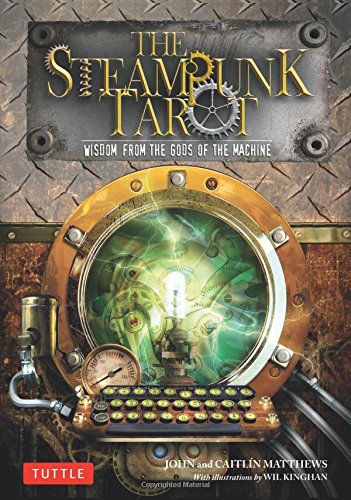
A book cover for The Steampunk Tarot: Wisdom from the Gods of the Machine; John Matthews; Science Fiction & Fantasy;